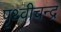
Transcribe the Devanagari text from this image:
पृथ्वीचन्द्र